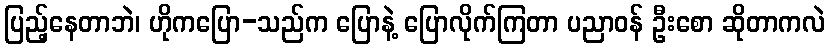
ပြည့်နေတာဘဲ၊ ဟိုကပြော-သည်က ပြောနဲ့ ပြောလိုက်ကြတာ ပညာဝန် ဦးစော ဆိုတာကလဲ